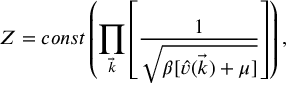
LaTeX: Z = c o n s t \left( \prod _ { \vec { k } } \left[ \frac { 1 } { \sqrt { \beta [ \hat { v } ( \vec { k } ) + \mu ] } } \right] \right) ,